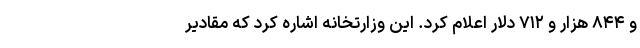
و ۸۴۴ هزار و ۷۱۲ دلار اعلام کرد. این وزارتخانه اشاره کرد که مقادیر